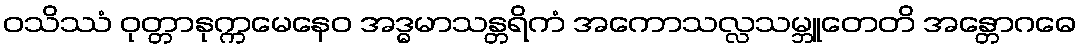
ဝသိဿံ ဝုတ္တာနုက္ကမေနေဝ အဒ္ဓမာသန္တရိကံ အကောသလ္လသမ္ဘူတေတိ အန္တောဂဓေ